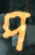
প